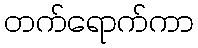
တက်ရောက်ကာ